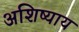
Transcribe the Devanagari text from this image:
अशिष्याय